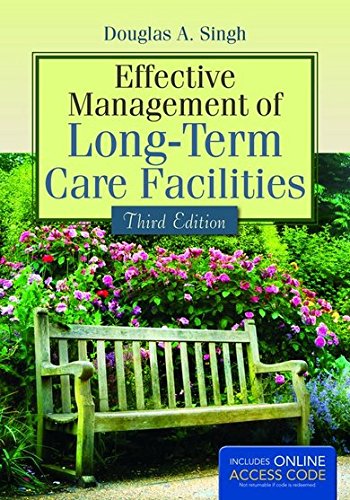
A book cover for Effective Management Of Long-Term Care Facilities; Douglas A. Singh; Medical Books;